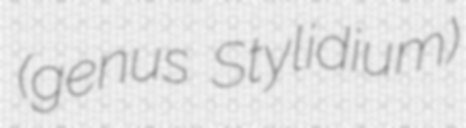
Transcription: (genus Stylidium)